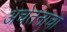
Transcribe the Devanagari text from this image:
अचेतनाचा